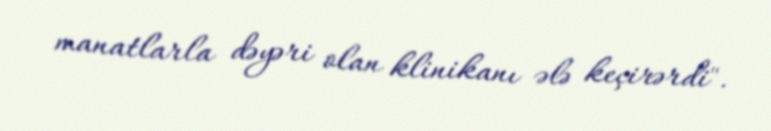
manatlarla dəyəri olan klinikanı ələ keçirərdi".